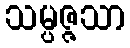
သမ္ပဇ္ဇသာ